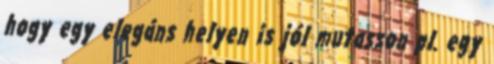
hogy egy elegáns helyen is jól mutasson pl. egy